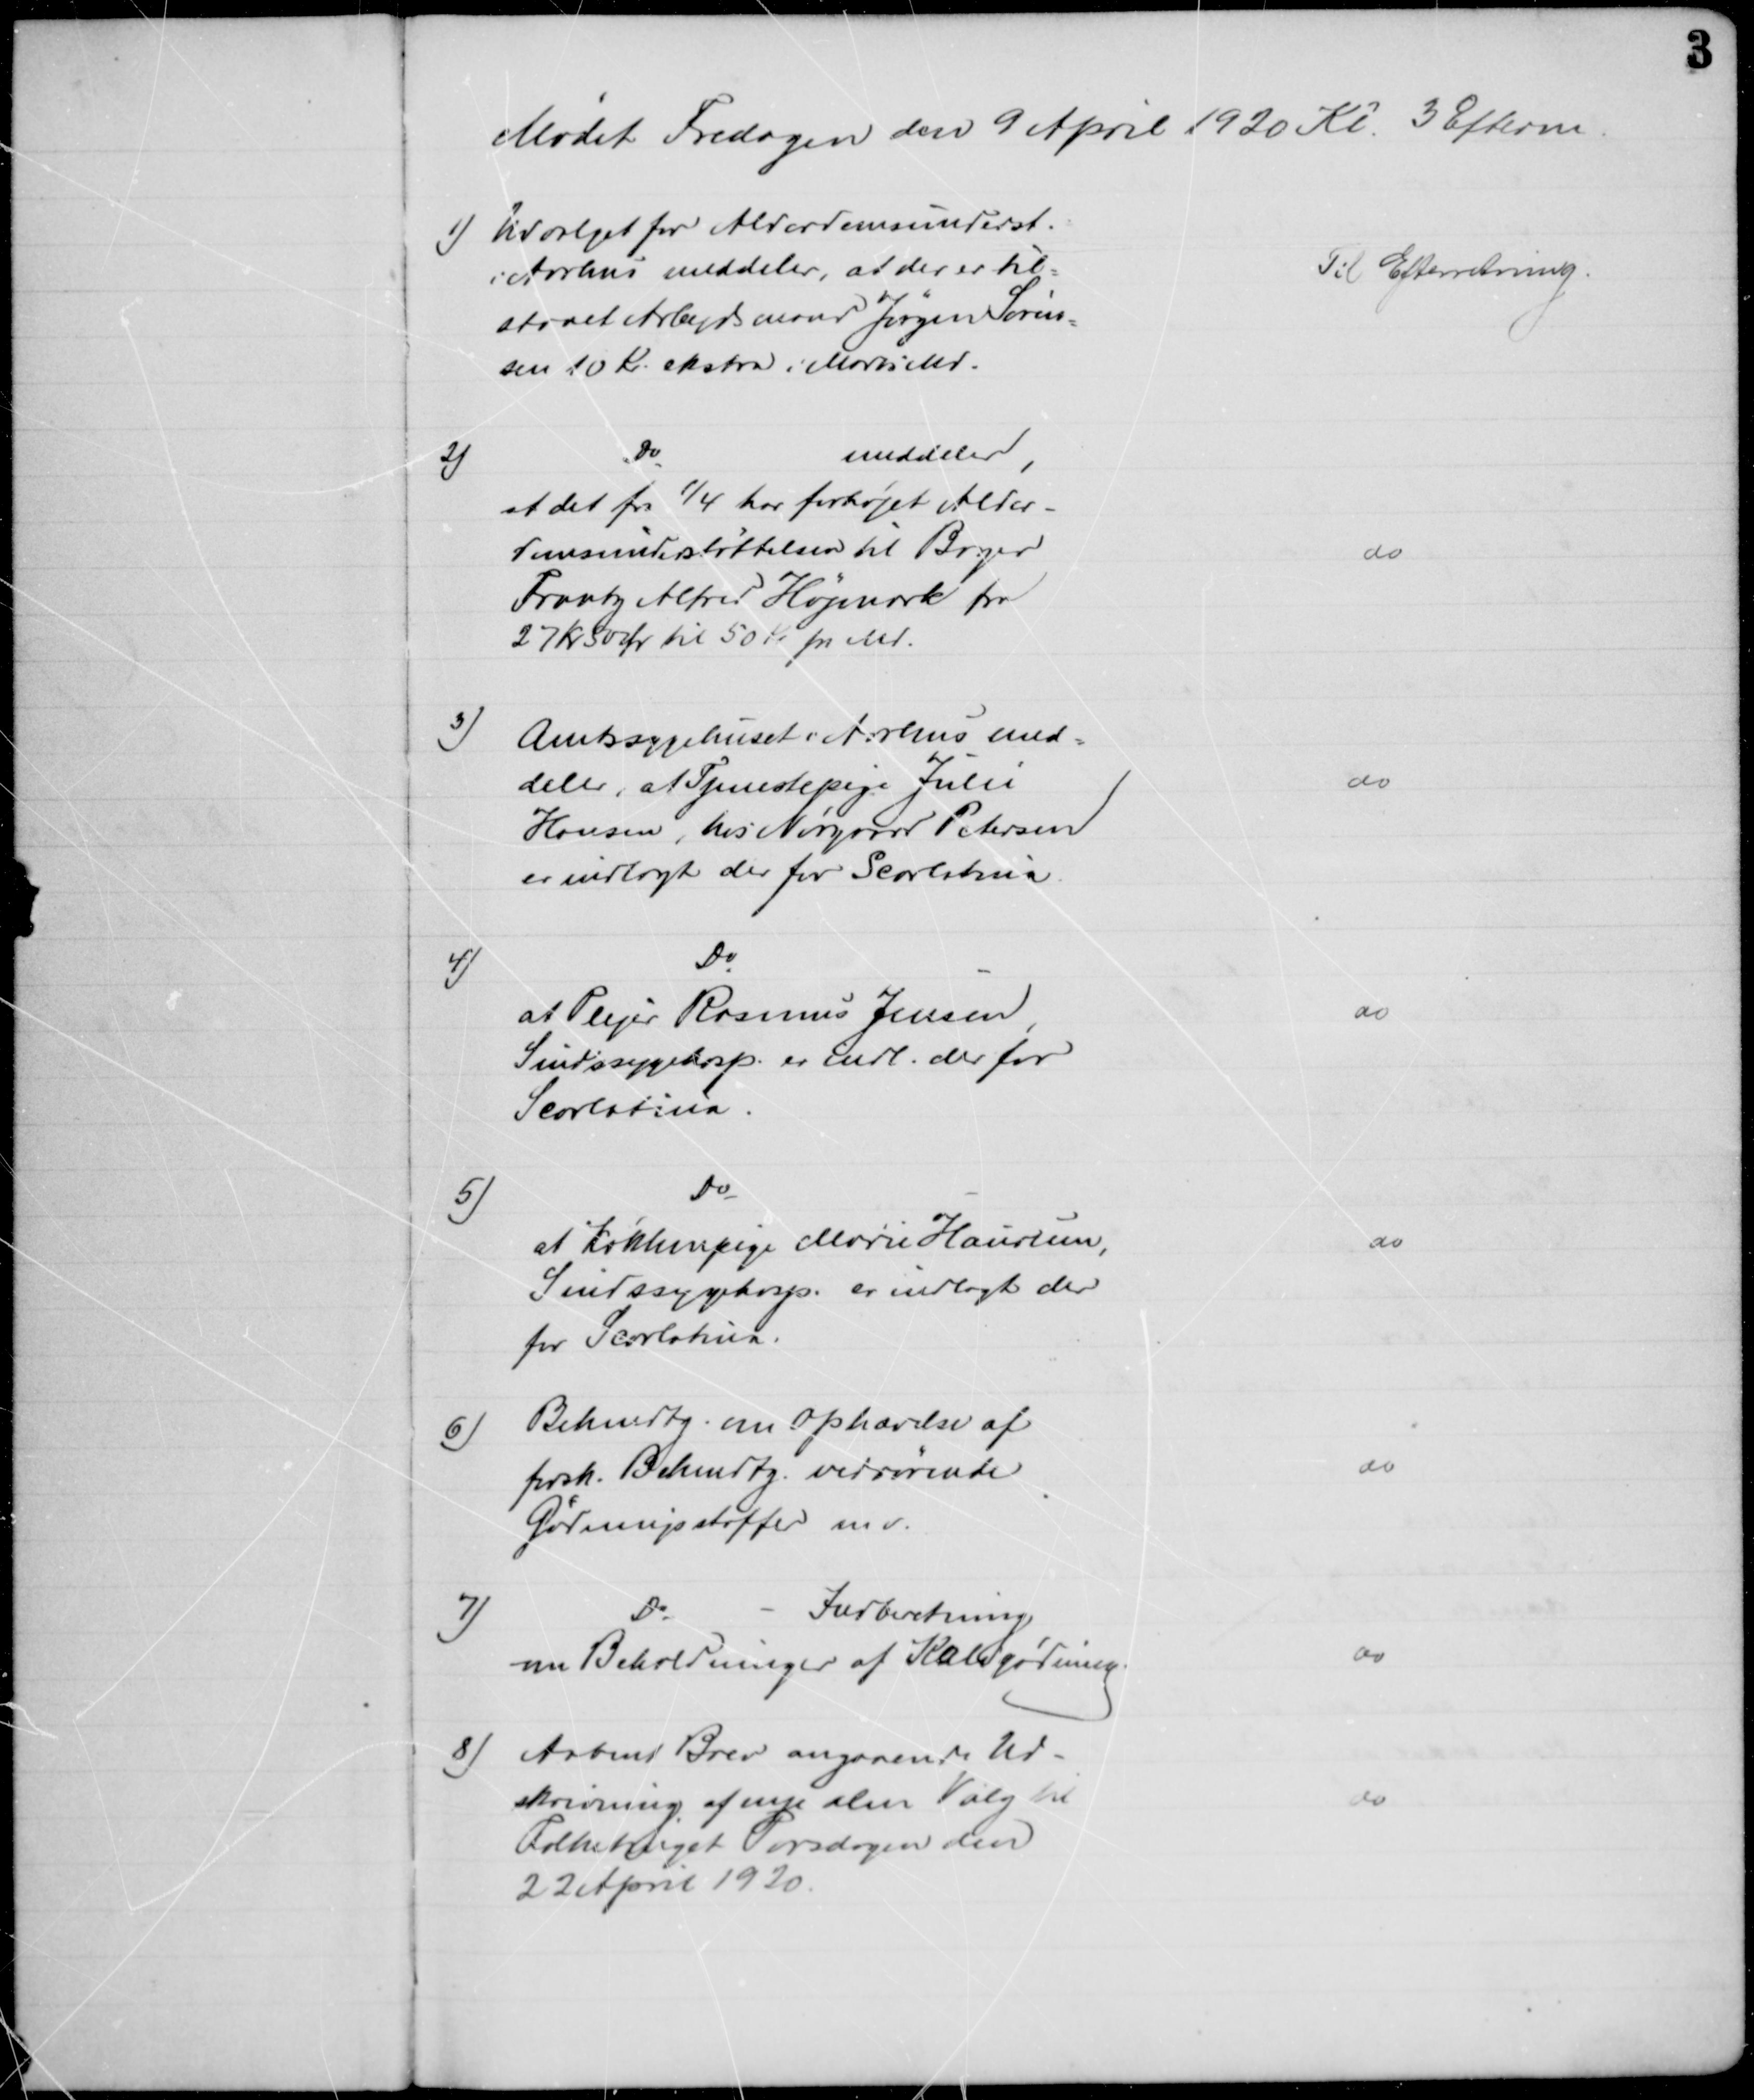
Transskription:
Mødet Fredagen den 9 April 1920 Kl. 3 Efterm
1) Udvalget for Alderdomsunderst.
i Aarhus meddeler, at der er til=
staaet Arbejdsmand Jørgen Søren
=
sen 10 Kr ekstra i Marts Md.
Til Efterretning
2)
Do
meddeler,
at det fra 1/4 har forhøjet Alder-
domsunderstøttelsen til Bager
Frantz Alfred Højmark fra
27 kr 50 Ør til 50 Kr pr Md.
do
3)
Amtssygehuset i Aarhus med=
deler, at Tjenestepige Julie
Hansen, hos Nørgaard Petersen
er indlagt der for Scarlatina
do
4)
Do
at Plejer Rasmus Jensen
Sindssygehosp. er indl. der for
Scarlatina
do
5)
Do
at Køkkenpige Marie Haurum,
Sindssygehosp. er indlagt der
for Scarlatina.
do
6)
Bekendtg. om Ophævelse af
forsk. Bekendtg. vedrørende
Gødningsstoffer m.v.
do
7)
Do
Indberetning
om Beholdninger af Kaligødning.
do
8) Aabent Brev angaaende Ud-
skrivning af nye alm Valg til 
Folketinget Torsdagen den
22 April 1920
do